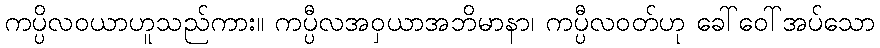
ကပ္ပိလဝယာဟူသည်ကား။ ကပ္ပီလအဝှယာအဘိမာနာ၊ ကပ္ပီလဝတ်ဟု ခေါ်ဝေါ်အပ်သော